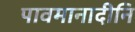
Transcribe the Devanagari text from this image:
पावमानादीनि